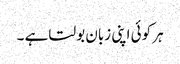
ہر کوئی اپنی زبان بولتا ہے ۔